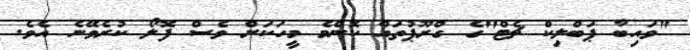
"ވައިބާ ޕަބްލިކް ޗެޓް"ގެ ގްރޫޕުތައް ކޮންމެ މީހަކަށް ވެސް ފޮލޯ ކުރެވޭނެ އެވެ.